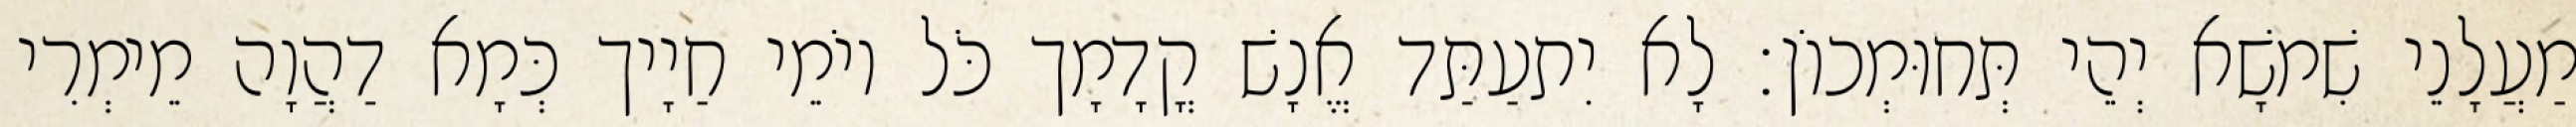
מַעֲלָנֵי שִׁמשָׁא יְהֵי תְּחוּמְכוֹן׃ לָא יִתעַתַּד אֱנָשׁ קֳדָמָך כֹּל יוֹמֵי חַיָיך כְּמָא דַהֲוָה מֵימְרִי